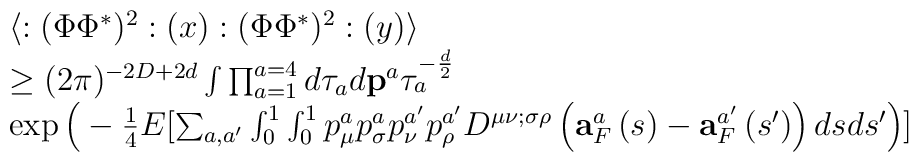
\begin{array}{l}\langle :(\Phi\Phi^{*})^{2}:(x) :(\Phi\Phi^{*})^{2}:(y)\rangle\cr\geq(2\pi)^{-2D+2d}\int \prod_{a=1}^{a=4} d\tau_{a} d{\bf p}^{a}   \tau_{a}^{-\frac{d}{2}}\cr\exp\Big(-\frac{1}{4}E[\sum_{a,a^{\prime}}\int_{0}^{1}\int_{0}^{1} p^{a}_{\mu}p^{a}_{\sigma}p^{a^{\prime}}_{\nu}p^{a^{\prime}}_{\rho}D^{\mu\nu;\sigma\rho}\left({\bf a}^{a}_{F}\left(s\right)-{\bf a}^{a^{\prime}}_{F}\left(s^{\prime}\right)\right)dsds^{\prime}\Big)]\end{array}